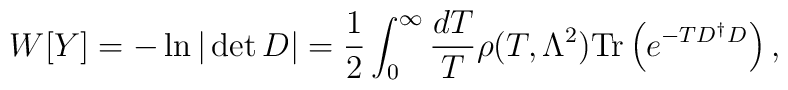
W[Y]=-\ln |\det D|=\frac{1}{2}\int^\infty_0\frac{dT}{T}\rho        (T,\Lambda^2)\mbox{Tr}\left(e^{-TD^\dagger D}\right),